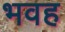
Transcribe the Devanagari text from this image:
भवह